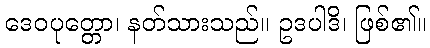
ဒေဝပုတ္တော၊ နတ်သားသည်။ ဥဒပါဒိ၊ ဖြစ်၏။